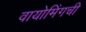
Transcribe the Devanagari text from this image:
वायोमिंगची